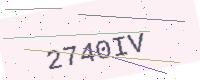
Text: 2740IV